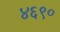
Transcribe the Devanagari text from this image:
४६९०